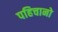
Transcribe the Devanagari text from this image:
पहिचानो